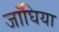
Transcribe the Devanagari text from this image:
जाँघिया